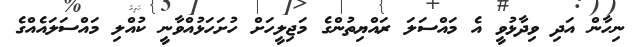
ނިހާން އަދި ވިދާޅުވީ އެ މައްސަލަ ރައްޔިތުންގެ މަޖިލީހަށް ހުށަހަޅުއްވާނީ ކުއްލި މައްސަލައެއްގެ